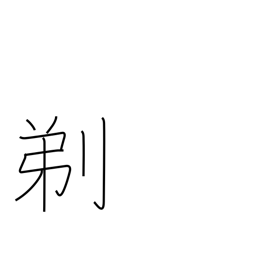
Meaning: shave